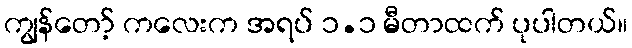
ကျွန်တော့် ကလေးက အရပ် ၁.၁ မီတာထက် ပုပါတယ်။